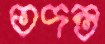
তদন্ত